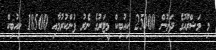
މި މަޝްރޫއުގެ ދަށުން 25000 ކިއުބިކް މީޓަރުގެ ނެރު ފުންކުރުމާއި 18500 ކިއުބިކް